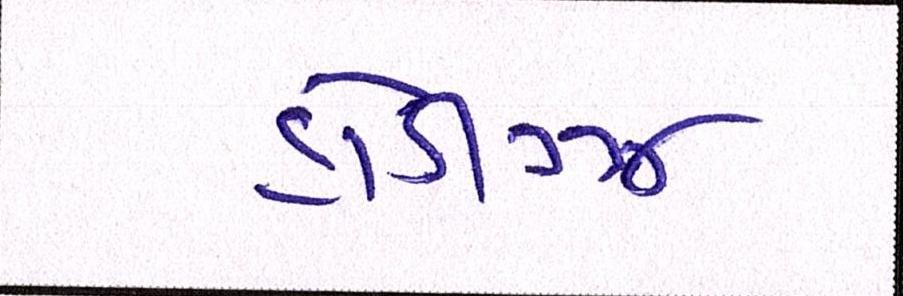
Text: હોડીગ્ઝ